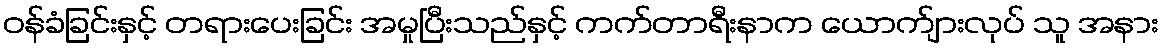
ဝန်ခံခြင်းနှင့် တရားပေးခြင်း အမှုပြီးသည်နှင့် ကက်တာရီးနာက ယောက်ျားလုပ် သူ အနား